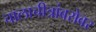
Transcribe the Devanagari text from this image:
चालाचीत्रांबरोबर